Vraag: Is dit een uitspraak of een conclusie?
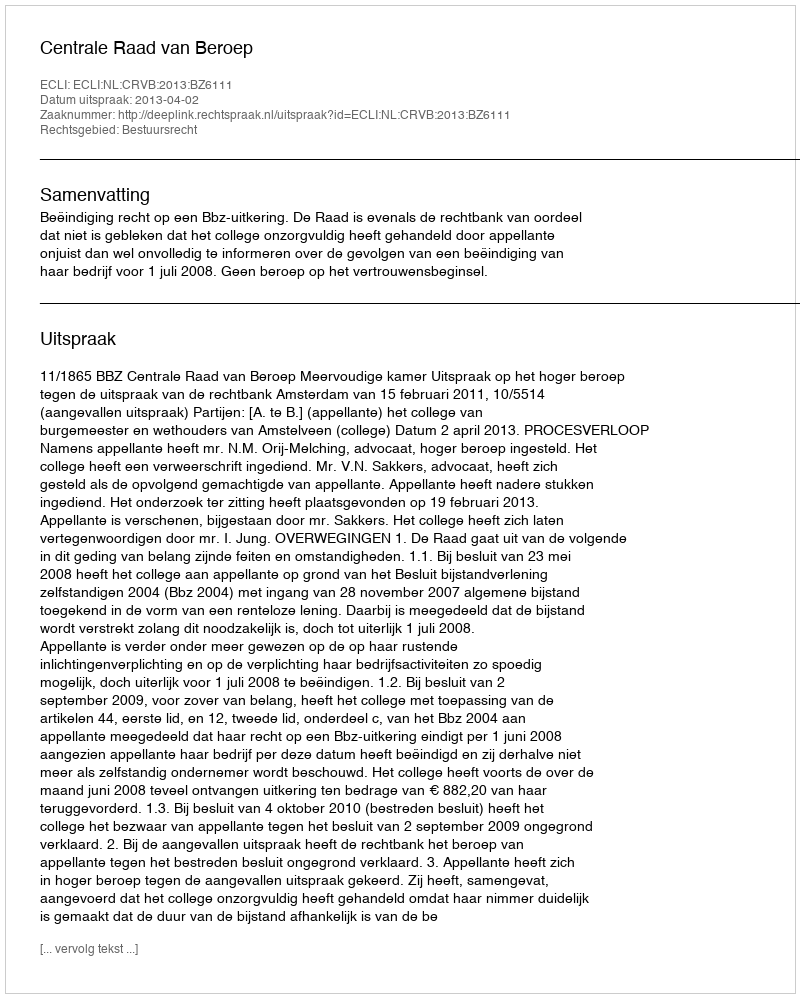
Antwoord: Uitspraak